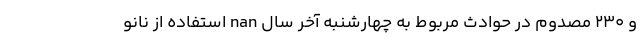
و 230 مصدوم در حوادث مربوط به چهارشنبه آخر سال nan استفاده از نانو